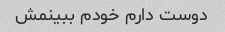
دوست دارم خودم ببینمش